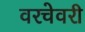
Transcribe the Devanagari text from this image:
वरचेवरी